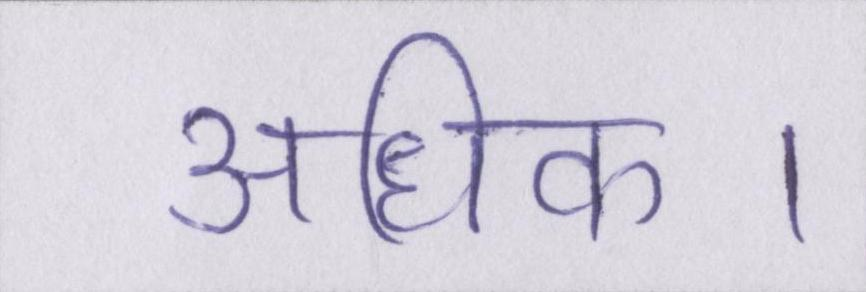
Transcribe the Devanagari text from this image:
अधिक।